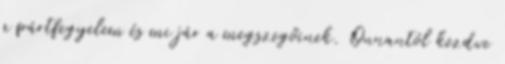
a pártfegyelem és mi jár a megszegőinek. Onnantól kezdve